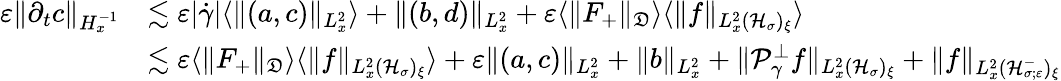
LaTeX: \begin{array}{rl}{\varepsilon\| \partial_{t}c\| _{H_{x}^{-1}}}&{\lesssim\varepsilon|\dot{\gamma}|\langle\| (a,c)\| _{L_{x}^{2}}\rangle+\| (b,d)\| _{L_{x}^{2}}+\varepsilon\langle\| F_{+}\| _{\mathfrak D}\rangle\langle\| f\| _{L_{x}^{2}(\mathcal H_{\sigma})_{\xi}}\rangle}\\ &{\lesssim\varepsilon\langle\| F_{+}\| _{\mathfrak D}\rangle\langle\| f\| _{L_{x}^{2}(\mathcal H_{\sigma})_{\xi}}\rangle+\varepsilon\| (a,c)\| _{L_{x}^{2}}+\| b\| _{L_{x}^{2}}+\| \mathcal P_{\gamma}^{\perp}f\| _{L_{x}^{2}(\mathcal H_{\sigma})_{\xi}}+\| f\| _{L_{x}^{2}(\mathcal H_{\sigma;\varepsilon}^{-})_{\xi}}}\end{array}